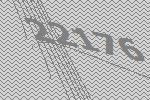
22176